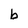
Character: b